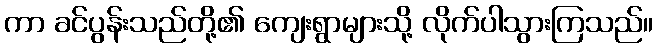
ကာ ခင်ပွန်းသည်တို့၏ ကျေးရွာများသို့ လိုက်ပါသွားကြသည်။